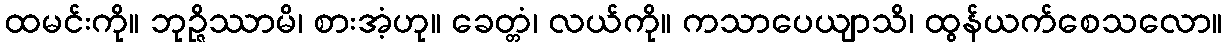
ထမင်းကို။ ဘုဉ္ဇိဿာမိ၊ စားအံ့ဟု။ ခေတ္တံ၊ လယ်ကို။ ကသာပေယျာသိ၊ ထွန်ယက်စေသလော။